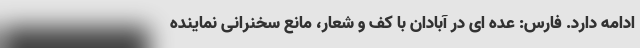
ادامه دارد. فارس: عده ای در آبادان با کف و شعار، مانع سخنرانی نماینده